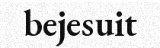
bejesuit